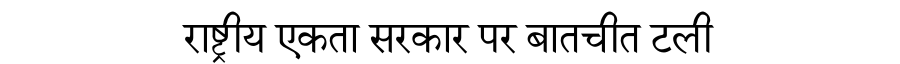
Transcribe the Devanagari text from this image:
राष्ट्रीय एकता सरकार पर बातचीत टली